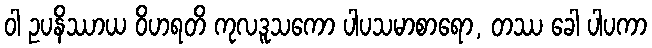
ဝါ ဥပနိဿာယ ဝိဟရတိ ကုလဒူသကော ပါပသမာစာရော, တဿ ခေါ ပါပကာ